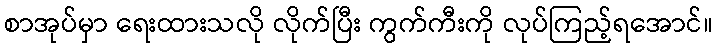
စာအုပ်မှာ ရေးထားသလို လိုက်ပြီး ကွက်ကီးကို လုပ်ကြည့်ရအောင်။